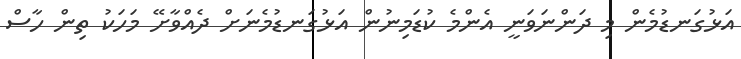
އަޅުގަނޑުމެން މި ދަންނަވަނީ އެންމެ ކުޑަމިނުން އަޅުގަނޑުމެނަށް ދެއްވާށޭ މަހަކު ތިން ހާސް